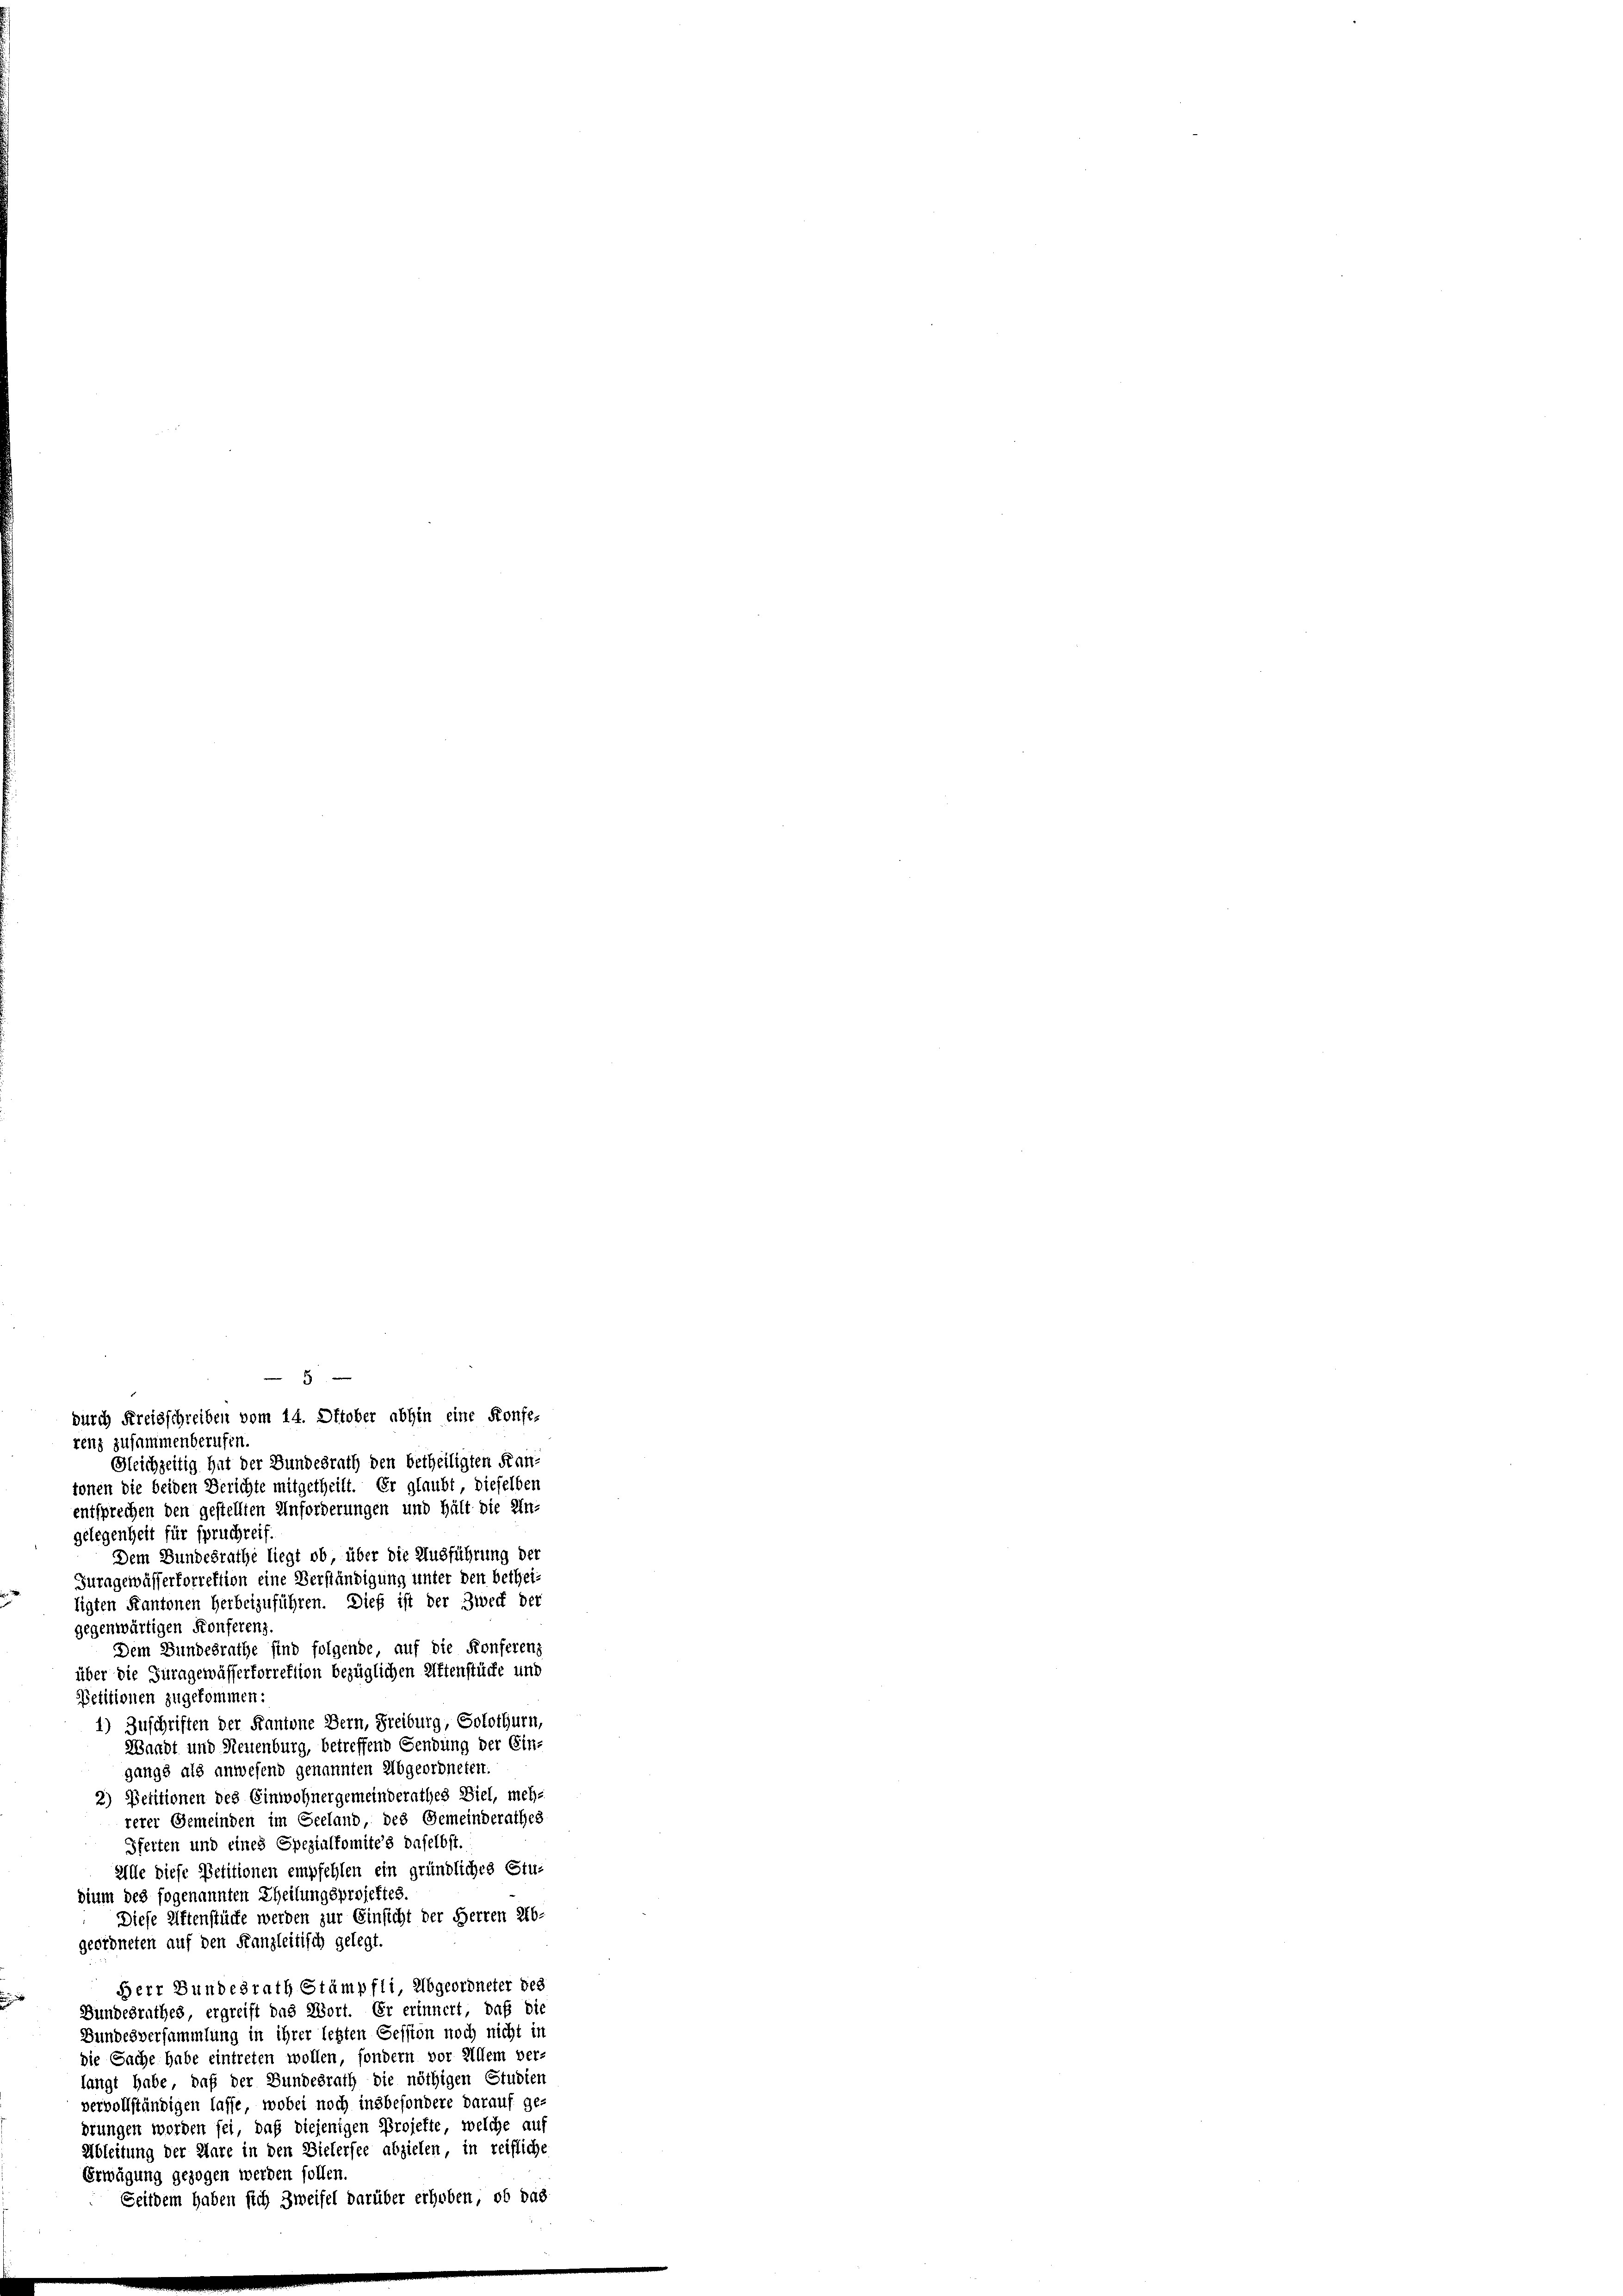
renz zusammenberufen.
Gleichzeitig hat der Bundesrath den betheiligten Kan-
tonen die beiden Berichte mitgetheilt. Er glaubt dieselben
entsprechen den gestellten Anforderungen und hält die Ein
gelegenheit für spruchreif.
Dem Bundesrathe liegt ob über die Ausführung der
Turngewässerforrektion eine Verständigung unter den betheiligten Kantonen Herbeizuführen. Dies ist der Zweck der
gegenwärtigen Konferens
Dem Bundesrathe sind folgende auf die Konferenz
über die Juragewässertorrektion bezüglichen Kiftenstücke und
Petitionen zugekommen:
1) Zuschriften der Kantone Bern, Freiburg, Solothurn,
Waadt und Neuenburg, betreffend Gendung der Ein-
gangs als anwesend genannten Abgeordneten.
2) Petitionen des Einwohnergemeinderathes Diel, mehr
rerer Gemeinden im Geeland des Gemeinderathes
Sferten und eines Spezialkomites daselbst.
Alle diese Petitionen empfehlen ein gründliches Stu-
dium des sogenannten Theilungsprojektes.
Diese Altenstücke werden zur Einsicht der Herren Erb-
geordneten auf den Kanzleitisch gelegt.
Herr Bundesrath Stämpfli, Abgeordneter des
Bundesrathes ergreift das Wort. Er erinnert, daß die
Bundesversammlung in ihrer legten Session noch nicht in
die Sache habe eintreten wollen, sondern vor Allem ver-
langt habe, daß der Bundesrath die nöthigen Studien
vervollständigen lasse, wobei noch insbesondere darauf ge-
drungen worden sei, daß diejenigen Projekte, welche auf
Ableitung der Aare in den Bielersee abzielen, in reifliche
Erwägung gezogen werden sollen
Seitdem haben sich Zweifel darüber erhoben, ob das

5
durch Kreisschreiben vom 14. Oktober abhin eine Konfe-